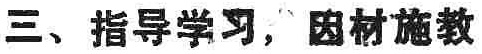
三、指导学习，因材施教